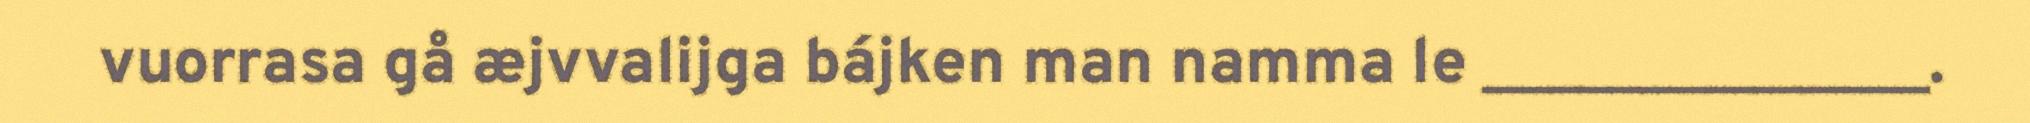
vuorrasa gå æjvvalijga bájken man namma le ______________.